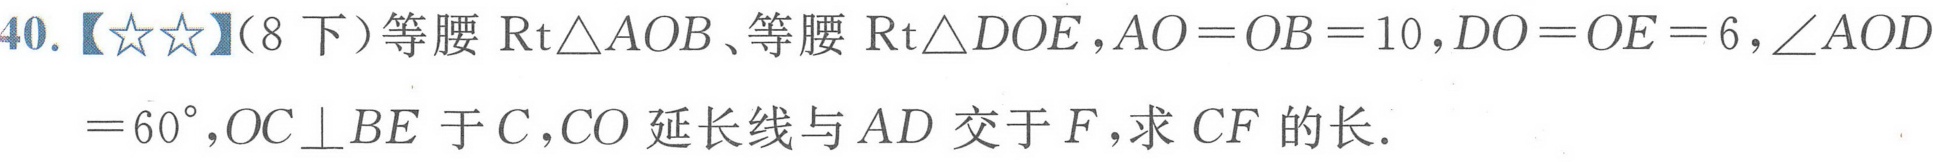
40.【★★】（8下）等腰\(\text{Rt}\triangle AOB\)、等腰\(\text{Rt}\triangle DOE\)，\(AO = OB = 10\)，\(DO = OE = 6\)，\(\angle AOD = 60^{\circ}\)，\(OC\perp BE\)于\(C\)，\(CO\)延长线与\(AD\)交于\(F\)，求\(CF\)的长．